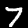
Digit: 7